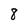
Character: 8